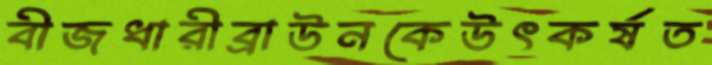
বীজধারীব্রাউনকেউৎকর্ষত